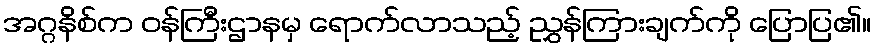
အဂ္ဂနိစ်က ဝန်ကြီးဌာနမှ ရောက်လာသည့် ညွှန်ကြားချက်ကို ပြောပြ၏။